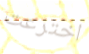
اخترعت